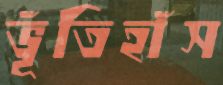
ভূঁতিহাঁস